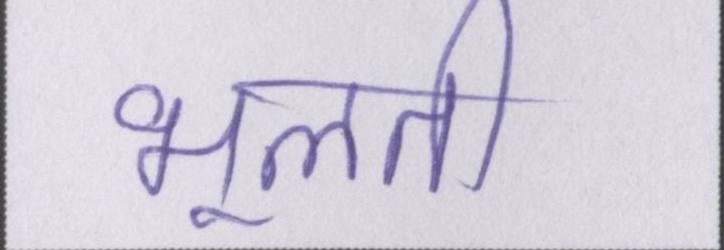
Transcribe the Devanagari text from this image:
भूलती